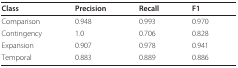
<table><thead><tr><td><b>Class</b></td><td><b>Precision</b></td><td><b>Recall</b></td><td><b>F1</b></td></tr></thead><tbody><tr><td>Comparison</td><td>0.948</td><td>0.993</td><td>0.970</td></tr><tr><td>Contingency</td><td>1.0</td><td>0.706</td><td>0.828</td></tr><tr><td>Expansion</td><td>0.907</td><td>0.978</td><td>0.941</td></tr><tr><td>Temporal</td><td>0.883</td><td>0.889</td><td>0.886</td></tr></tbody></table>